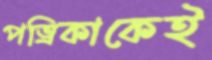
পত্রিকাকেই